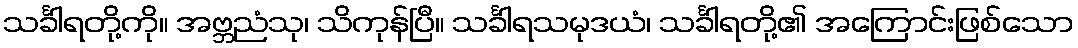
သင်္ခါရတို့ကို။ အဗ္ဘညံသု၊ သိကုန်ပြီ။ သင်္ခါရသမုဒယံ၊ သင်္ခါရတို့၏ အကြောင်းဖြစ်သော